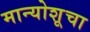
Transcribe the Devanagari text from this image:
मान्योशूचा